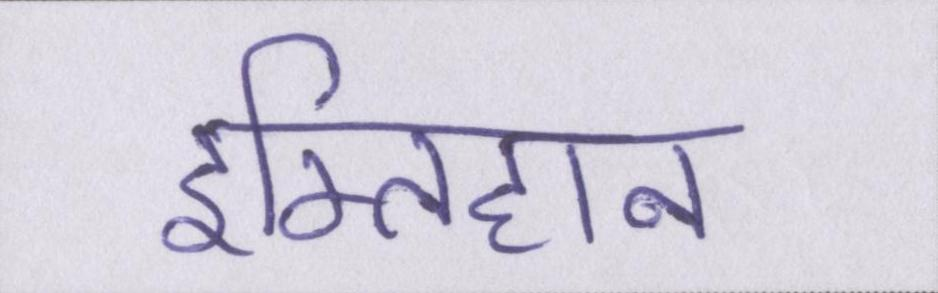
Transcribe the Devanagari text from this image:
इम्तिहान